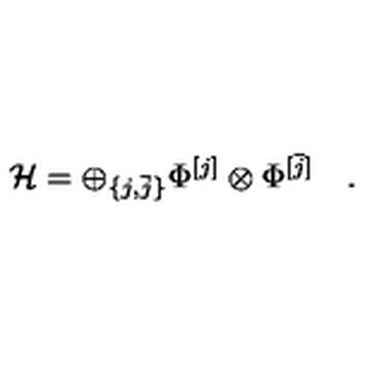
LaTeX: { \mathcal H } = \oplus _ { \{ j , \bar { j } \} } \Phi ^ { [ j ] } \otimes \Phi ^ { [ \bar { j } ] } \quad .